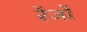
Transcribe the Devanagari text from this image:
रेंजों